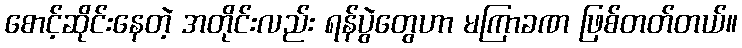
စောင့်ဆိုင်းနေတဲ့ အတိုင်းလည်း ရန်ပွဲတွေဟာ မကြာခဏ ဖြစ်တတ်တယ်။